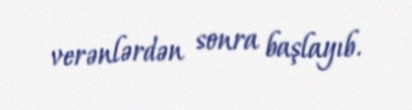
verənlərdən sonra başlayıb.